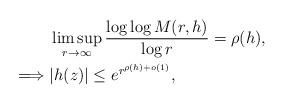
LaTeX: \begin{align*} &\limsup_{r\to\infty}\frac{\log\log M(r,h)}{\log r}=\rho(h),\\ \implies &|h(z)|\leq e^{r^{\rho(h)+o(1)}},\end{align*}